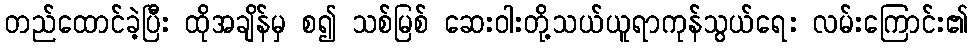
တည်ထောင်ခဲ့ပြီး ထိုအချိန်မှ စ၍ သစ်မြစ် ဆေးဝါးတို့သယ်ယူရာကုန်သွယ်ရေး လမ်းကြောင်း၏